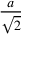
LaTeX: \frac { a } { \sqrt { 2 } }